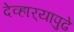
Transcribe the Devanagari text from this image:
देव्हार्‍यापुढे